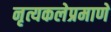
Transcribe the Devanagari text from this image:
नृत्यकलेप्रमाणे